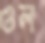
ওল